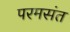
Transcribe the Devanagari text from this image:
परमसंत